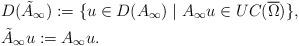
LaTeX: \begin{align*}&D(\tilde{A}_\infty):=\{u\in D(A_\infty)\mid A_\infty u\in UC(\overline{\Omega})\}, \\&\tilde{A}_\infty u:=A_\infty u. \end{align*}